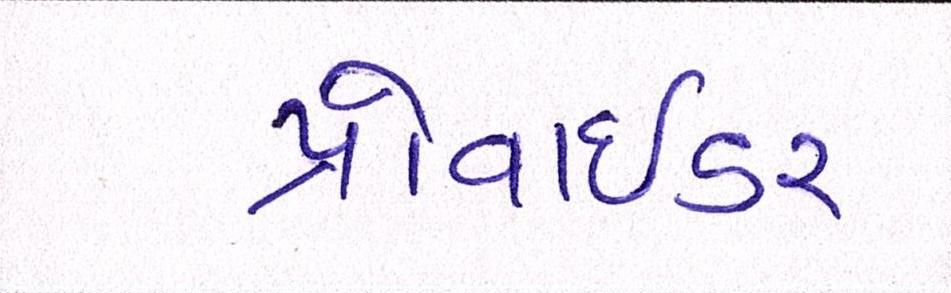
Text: પ્રોવાઇડર